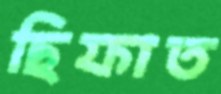
ছিফাত